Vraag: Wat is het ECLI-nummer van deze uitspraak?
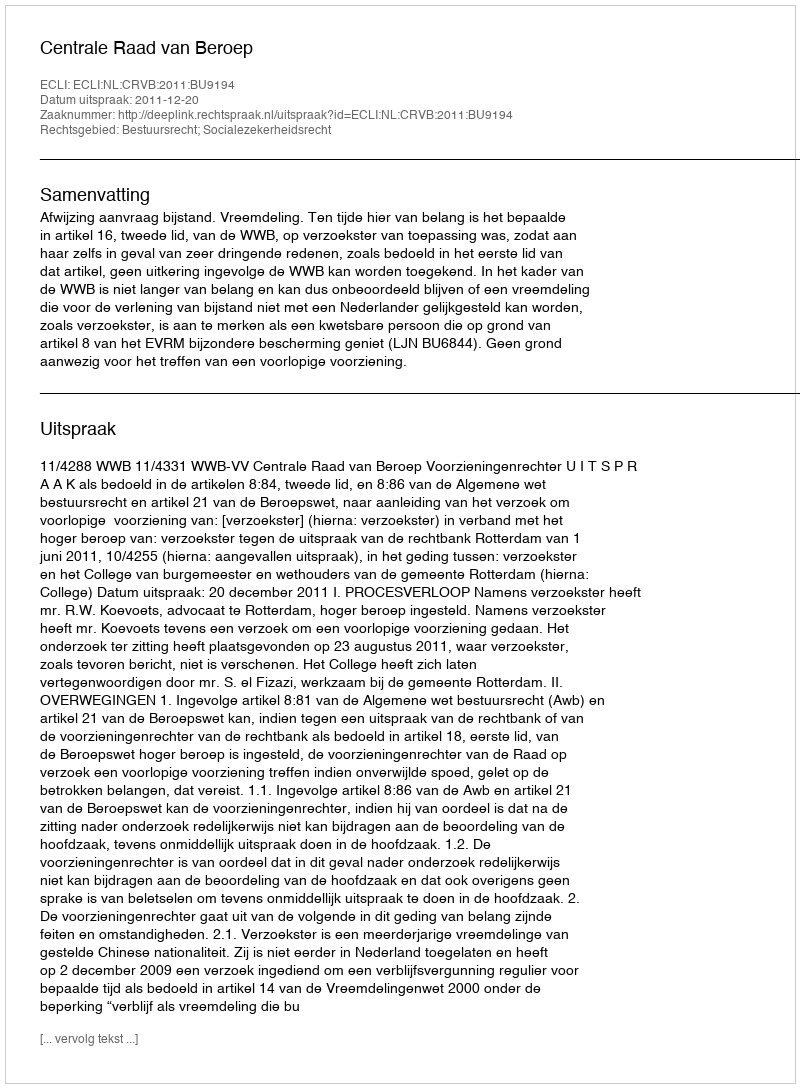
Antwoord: ECLI:NL:CRVB:2011:BU9194